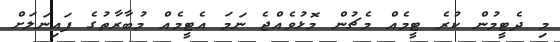
މި ދެޓީމުން ކުރެ ޓީމެއް މެޗުން މޮޅުވެއްޖެ ނަމަ އެޓީމެއް މުބާރާތުގެ ފައިނަލަށް